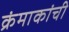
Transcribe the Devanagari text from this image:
क्रंमाकांची